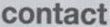
contact